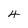
Character: 4